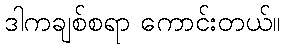
ဒါကချစ်စရာ ကောင်းတယ်။